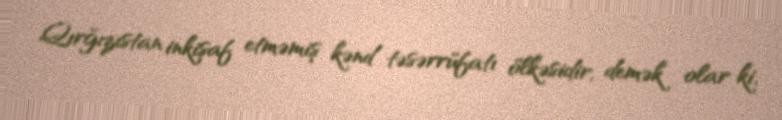
Qırğızıstan inkişaf etməmiş kənd təsərrüfatı ölkəsidir, demək olar ki,